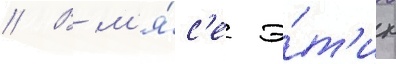
// В м'я́с'е э́т'их